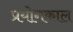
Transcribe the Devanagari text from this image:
प्रयोगकाल